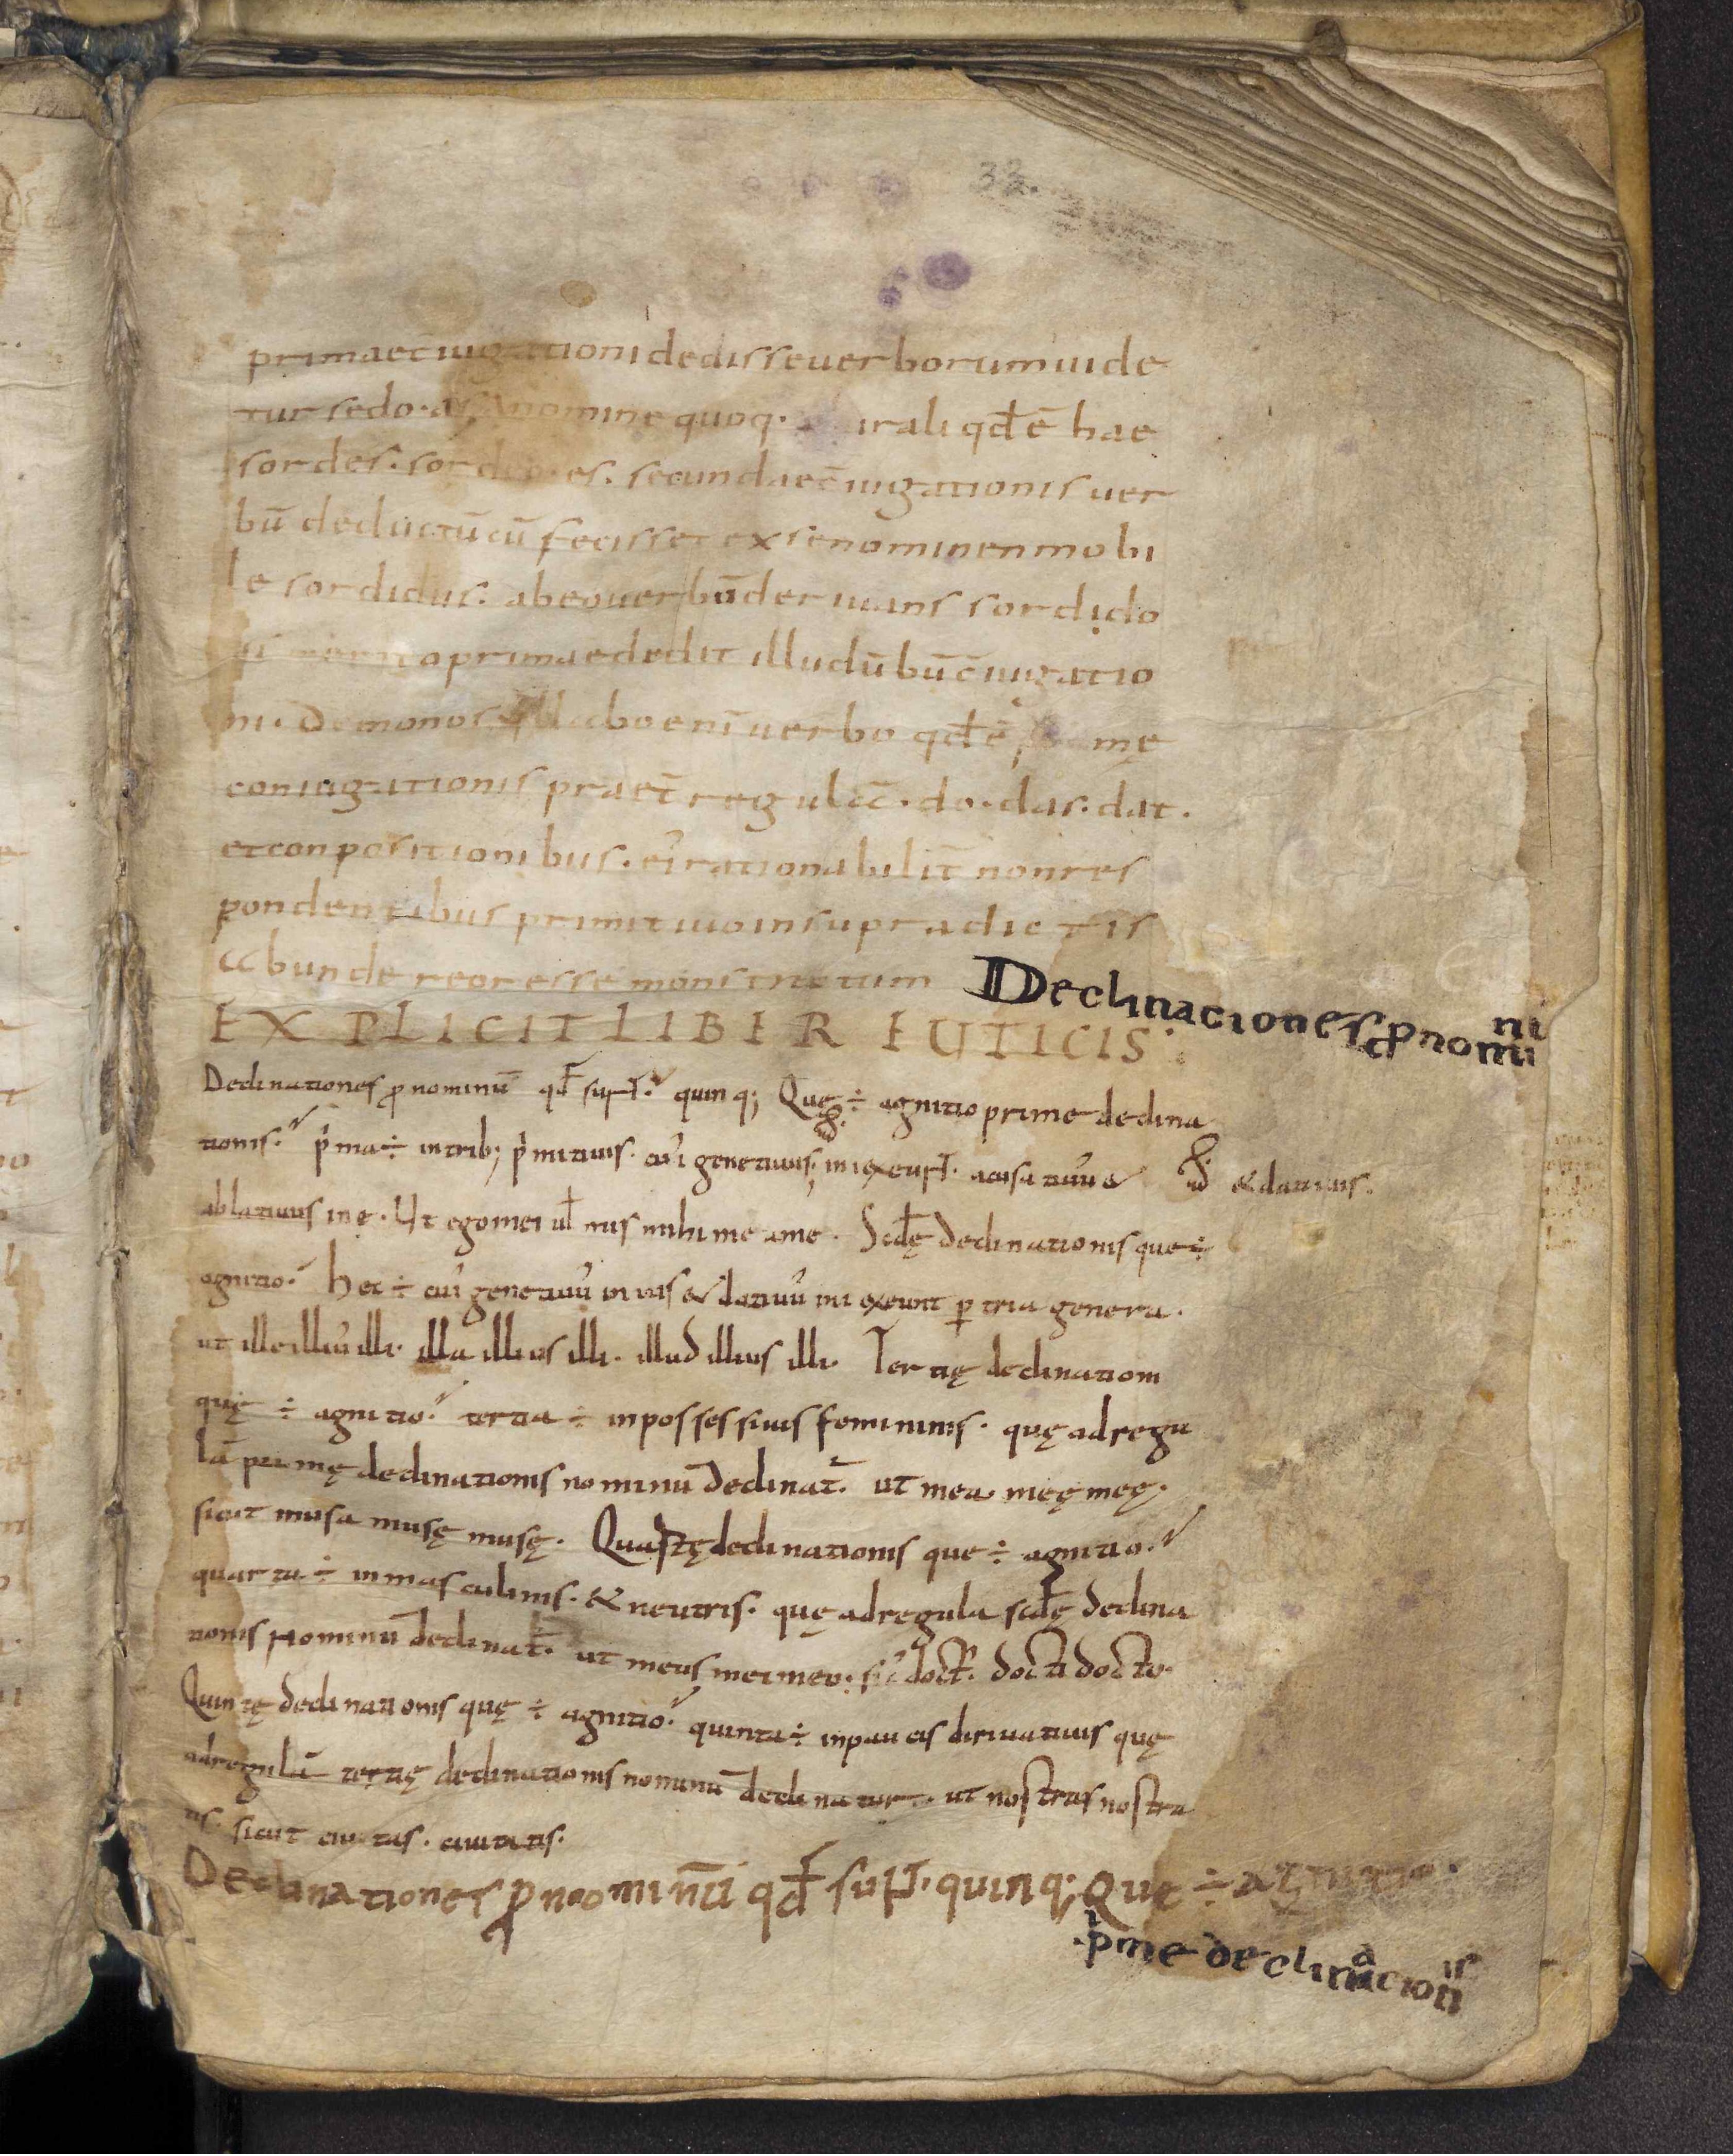
Shelfmark: Leiden, Bibliotheek der Rijksuniversiteit, Voss. Lat. O 41
Century: 9